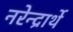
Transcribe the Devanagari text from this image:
नरेन्द्रार्थे